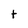
Character: t